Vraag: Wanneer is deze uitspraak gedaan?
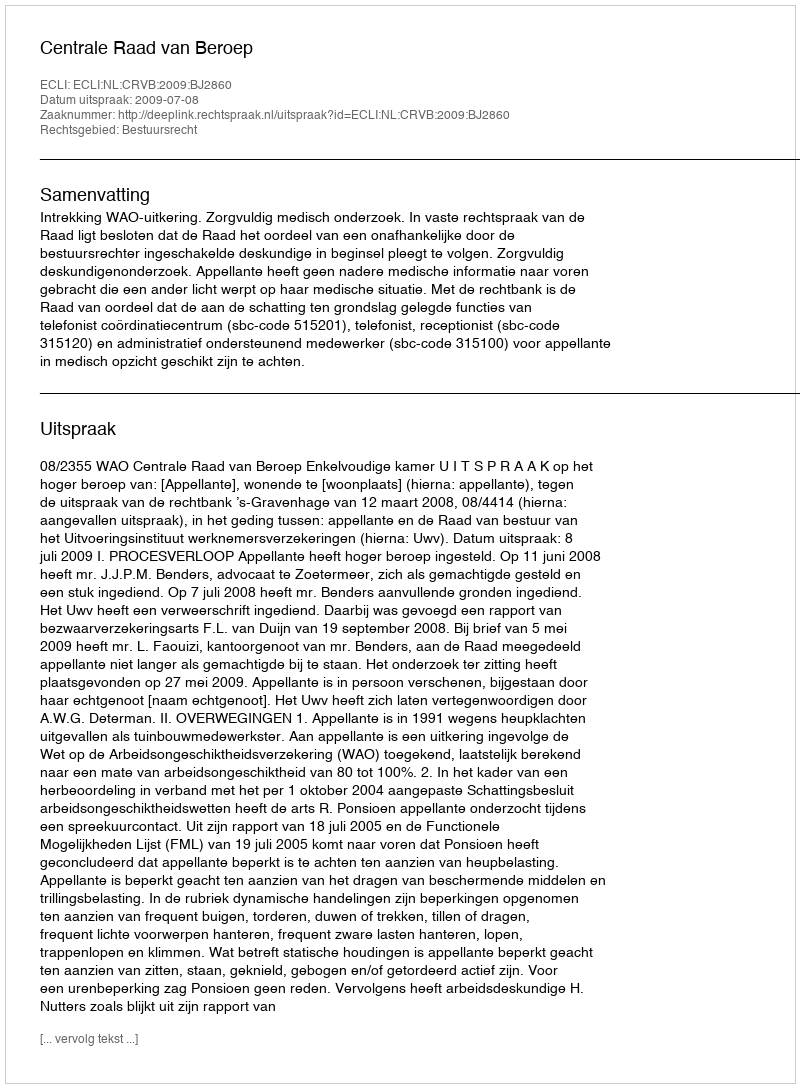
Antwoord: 2009-07-08